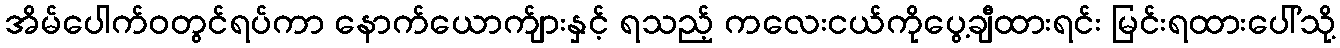
အိမ်ပေါက်ဝတွင်ရပ်ကာ နောက်ယောက်ျားနှင့် ရသည့် ကလေးငယ်ကိုပွေ့ချီထားရင်း မြင်းရထားပေါ်သို့